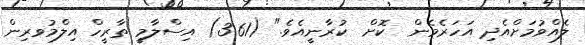
ލެއްވުމަށްއެދި އަހަރެމެން  ކޮށް  ކުރާނީއެވެ." (3:61) އިސްލާމީ ތާރީހް އިލްމުވރިން